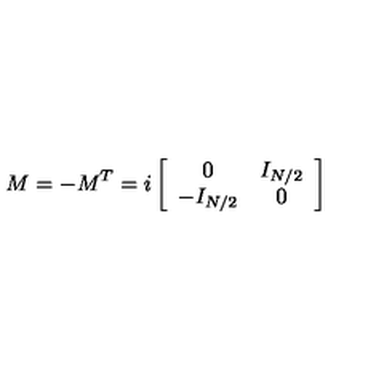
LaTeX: M = - M ^ { T } = i \left[ \begin{array} { c c } { 0 } & { I _ { N / 2 } } \\ { - I _ { N / 2 } } & { 0 } \\ \end{array} \right]